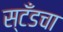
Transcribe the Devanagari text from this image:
स्टँडचा